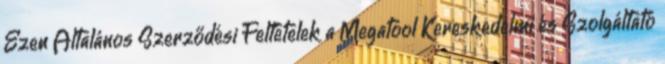
Ezen Általános Szerződési Feltételek a Megatool Kereskedelmi és Szolgáltató